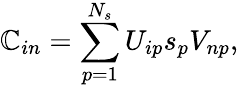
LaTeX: \mathbb{C}_{in}=\sum_{p=1}^{N_{s}}{U_{ip}s_{p}V_{np}},